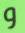
و